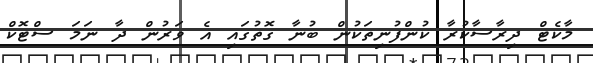
މާކެޓް ދިރާސާކުރާ ކުންފުނިތަކުން ބުނާ ގޮތުގައި އެ ވަރުން ދާ ނަމަ ސްޓޮކް